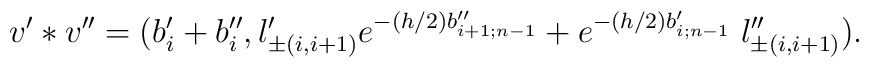
v' * v''  =  ( b_i' + b_i'', l_{\pm (i,i+1)}'e^{-(h/2)b_{i+1;n-1}''} + e^{-(h/2)b_{i;n-1}'} \; l_{\pm (i,i+1)}'').